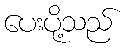
ပေးပို့သည်